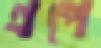
গ্রপে